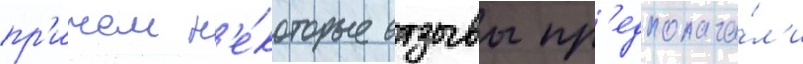
пр'ичем н'е́которые отзывы пр'едполага́л'и